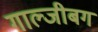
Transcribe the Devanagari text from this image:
गाल्जीबग